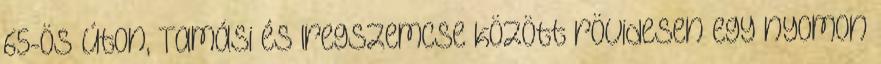
65-ös úton, Tamási és Iregszemcse között rövidesen egy nyomon